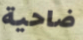
ضاحية